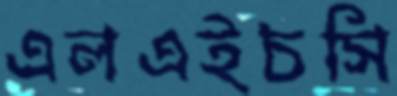
এলএইচসি